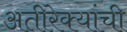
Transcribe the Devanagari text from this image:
अतीरेक्यांची